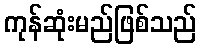
ကုန်ဆုံးမည်ဖြစ်သည်